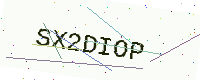
Text: SX2DIOP